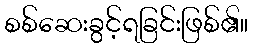
စစ်ဆေးခွင့်ရခြင်းဖြစ်၏။